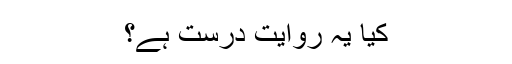
کیا یہ روایت درست ہے؟